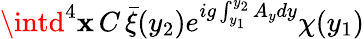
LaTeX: \intd^{4}\mathbf{x}\, C\, \bar{{\xi}}(y_{2})e^{ig\int_{y_{1}}^{y_{2}}A_{y}dy}\chi(y_{1})